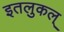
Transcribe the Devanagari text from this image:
इतलुकल्